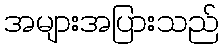
အများအပြားသည်